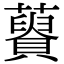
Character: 𧂟